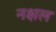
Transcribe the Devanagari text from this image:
नक्षल